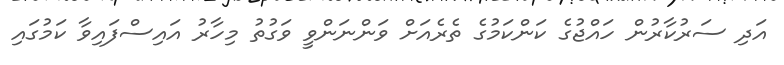
އަދި ސަރުކާރުން ހައްޖުގެ ކަންކަމުގެ ތެރެއަށް ވަންނަންވީ ވަގުތު މިހާރު އައިސްފައިވާ ކަމުގައި